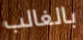
بالغالب